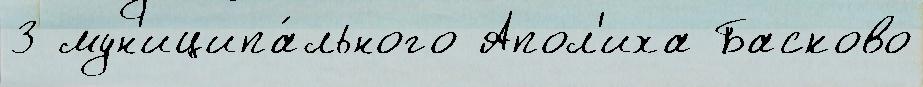
3 мун'иципа́льного Апол'иха Басково